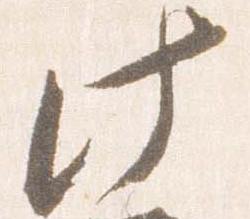
此